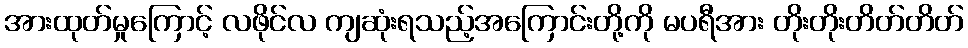
အားထုတ်မှုကြောင့် လဖိုင်လ ကျဆုံးရသည့်အကြောင်းတို့ကို မပရီအား တိုးတိုးတိတ်တိတ်